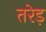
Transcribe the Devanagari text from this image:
तरेड़